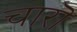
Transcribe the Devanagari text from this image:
चारॊ